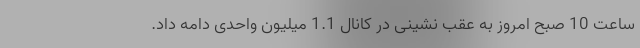
ساعت 10 صبح امروز به عقب نشینی در کانال 1.1 میلیون واحدی دامه داد.